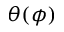
\theta ( \phi )